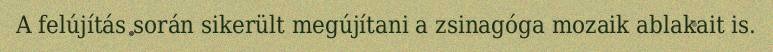
A felújítás során sikerült megújítani a zsinagóga mozaik ablakait is.